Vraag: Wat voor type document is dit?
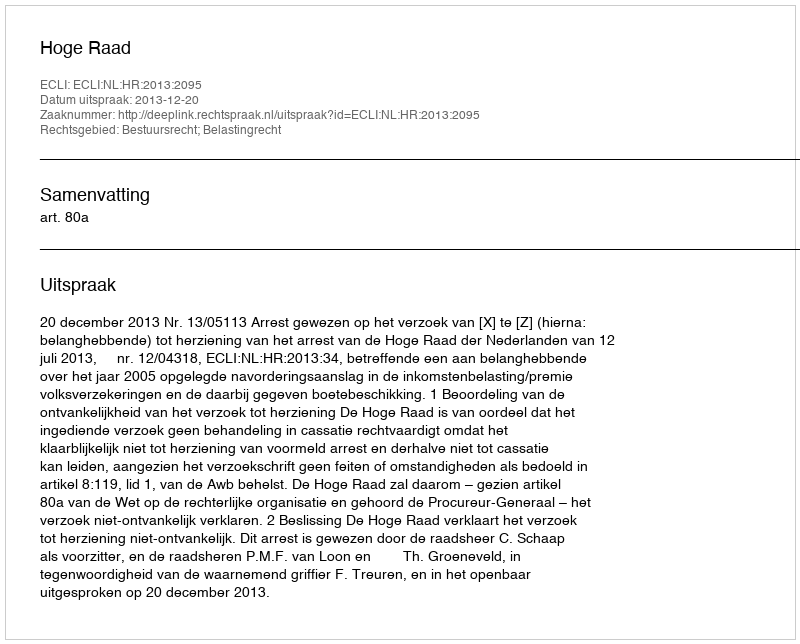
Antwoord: Uitspraak